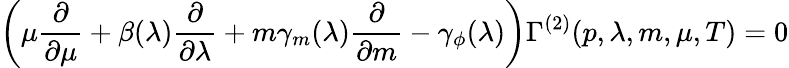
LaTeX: \left(\mu{\frac{\partial}{\partial\mu}}+\beta(\lambda){\frac{\partial}{\partial\lambda}}+m\gamma_{m}(\lambda){\frac{\partial}{\partial{m}}}-\gamma_{\phi}(\lambda)\right)\Gamma^{(2)}(p,\lambda,m,\mu,T)=0